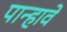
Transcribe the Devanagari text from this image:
पान्हावे